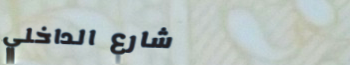
شارع الداخلي